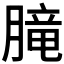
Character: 𪱨